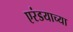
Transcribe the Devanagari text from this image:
एरंडयाच्या